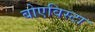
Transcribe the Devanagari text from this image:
बोएविस्टा